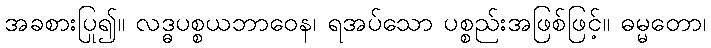
အခစားပြု၍။ လဒ္ဓပစ္စယဘာဝေန၊ ရအပ်သော ပစ္စည်းအဖြစ်ဖြင့်။ ဓမ္မတော၊